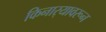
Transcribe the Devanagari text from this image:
किनार्‍यावरून